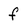
Character: f